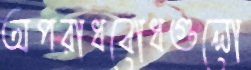
অপরাধবোধগুলো